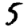
Digit: 5